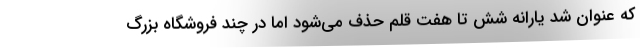
که عنوان شد یارانه شش تا هفت قلم حذف می‌شود اما در چند فروشگاه بزرگ